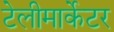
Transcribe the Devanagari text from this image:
टेलीमार्केटर